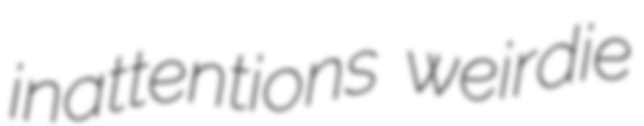
inattentions weirdie